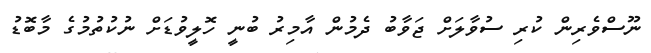
ނޫސްވެރިން ކުރި ސުވާލަށް ޖަވާބު ދެމުން އާމިރު ބުނީ ހޮލީވުޑަށް ނުކުތުމުގެ މާބޮޑު